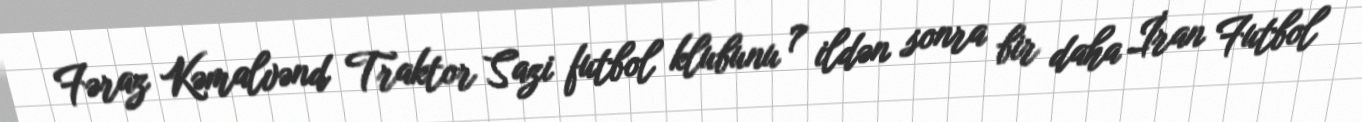
Fəraz Kəmalvənd Traktor Sazi futbol klubunu 7 ildən sonra bir daha İran Futbol